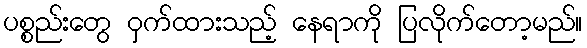
ပစ္စည်းတွေ ဝှက်ထားသည့် နေရာကို ပြလိုက်တော့မည်။